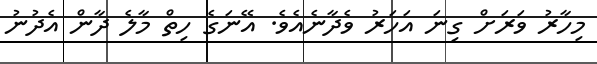
މިހާރު ވަރަށް ގިނަ އަހަރު ވެދާނެއެވެ. އޭނަގެ ހިތް މާލެ ދާން އެދުނު